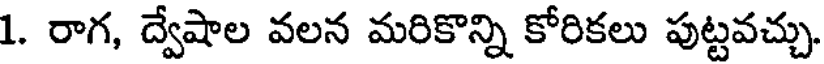
1. రాగ, ద్వేషాల వలన మరికొన్ని కోరికలు పుట్టవచ్చు.